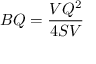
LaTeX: B Q = { \frac { V Q ^ { 2 } } { 4 S V } }